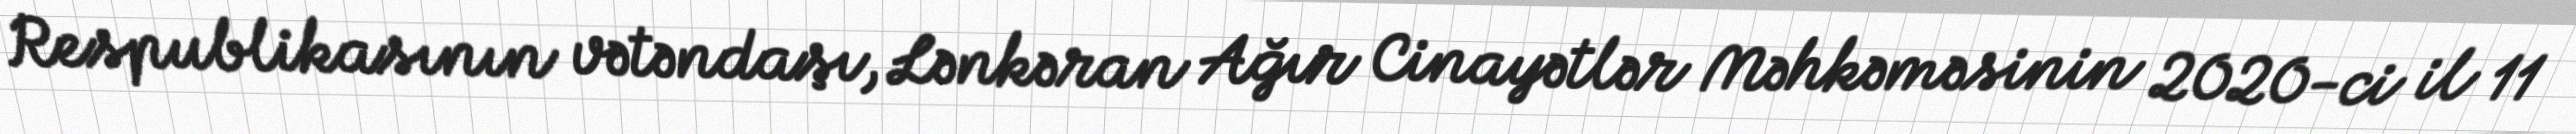
Respublikasının vətəndaşı, Lənkəran Ağır Cinayətlər Məhkəməsinin 2020-ci il 11